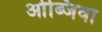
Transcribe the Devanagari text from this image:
ओब्जिवा